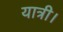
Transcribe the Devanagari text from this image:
यात्री।